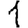
Digit: 1